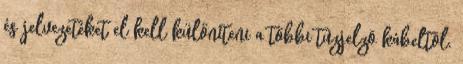
és jelvezetéket el kell különíteni a többi tûzjelzõ kábeltõl.